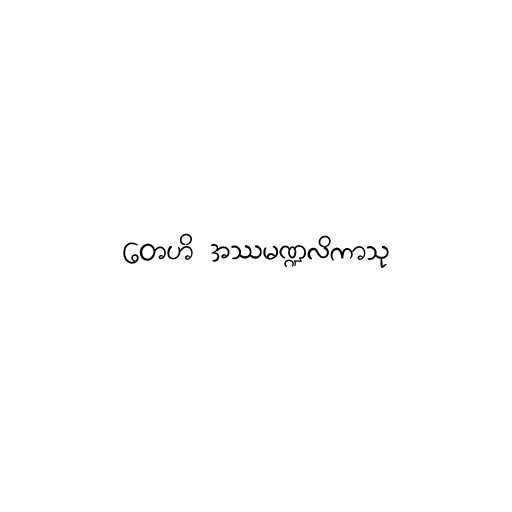
တေဟိ အဿမဏ္ဍလိကာသု